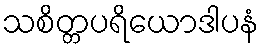
သစိတ္တပရိယောဒါပနံ